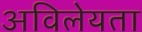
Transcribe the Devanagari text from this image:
अविलेयता